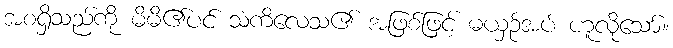
အစရှိသည်ကို မိမိ၏ပင် သံကိလေသ၏ အဖြစ်ဖြင့် မယှဉ်အပ် ဟူလိုသော်။